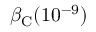
\beta _ { \mathrm { C } } ( 1 0 ^ { - 9 } )